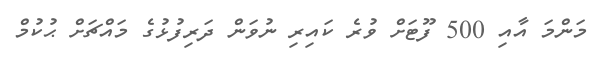
މަންމަ އާއި 500 ފޫޓަށް ވުރެ ކައިރި ނުވަން ދަރިފުޅުގެ މައްޗަށް ޙުކުމް